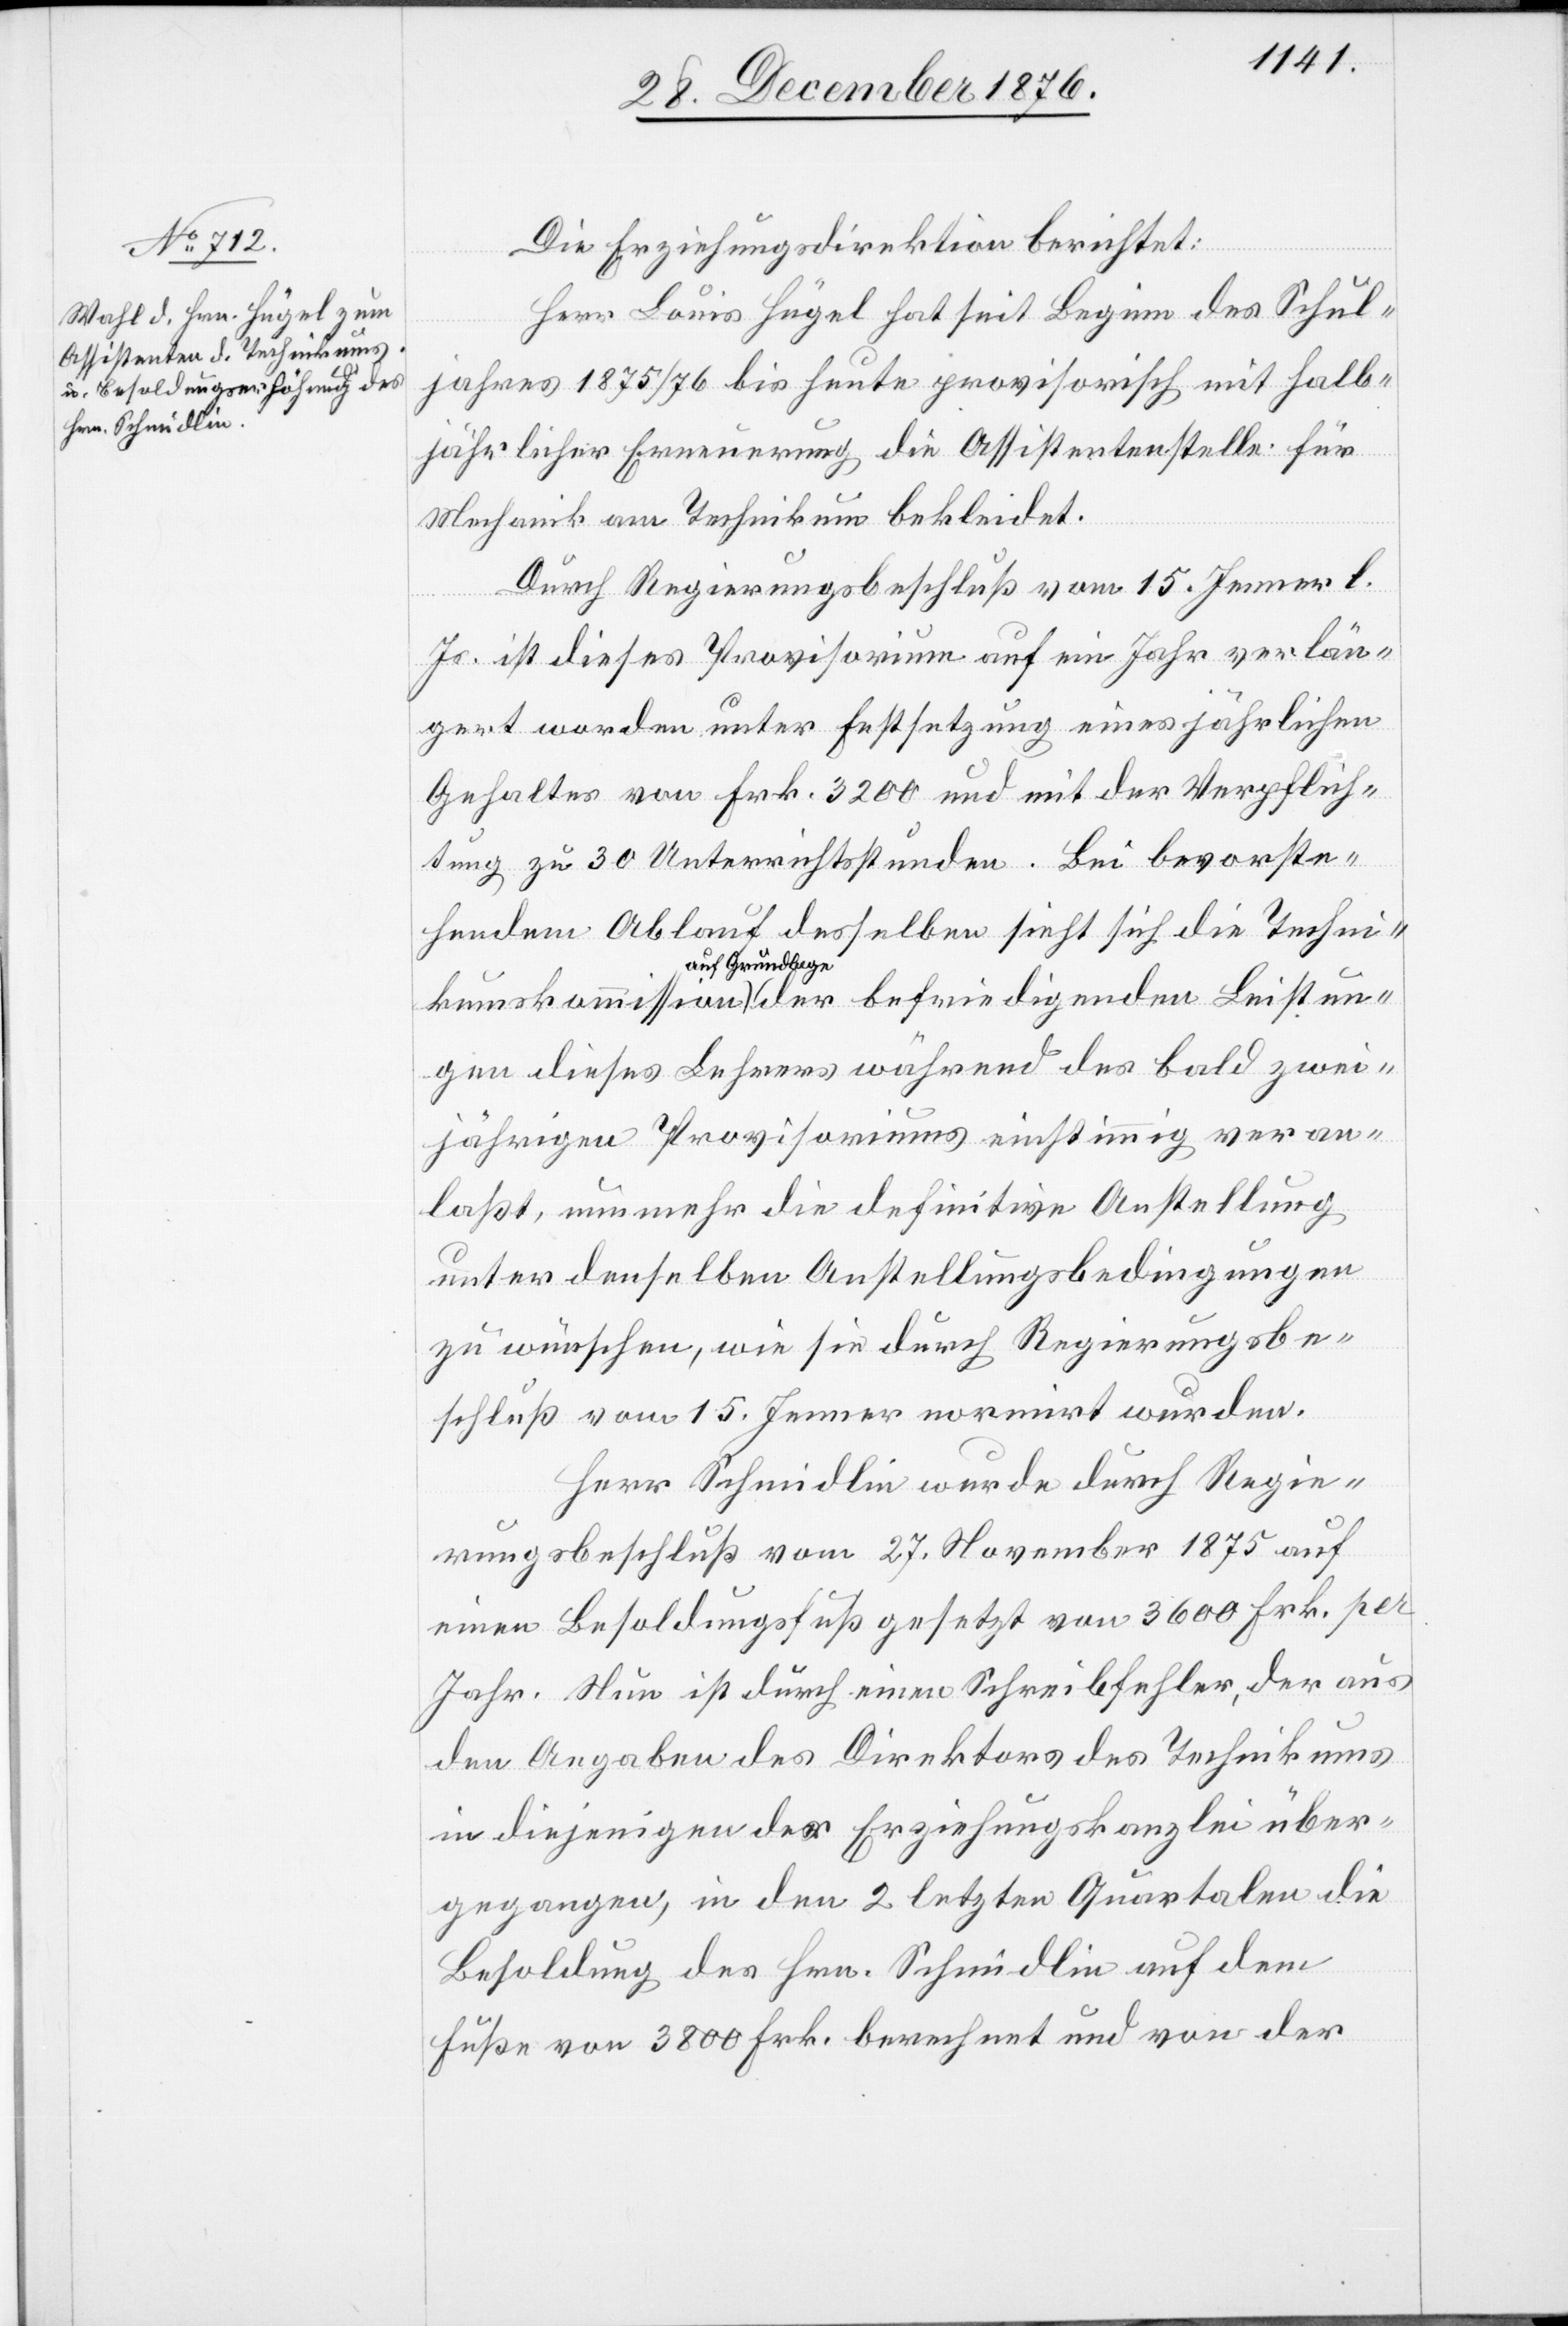
Die Erziehungsdirektion berichtet:
Herr Louis Hügel hat seit Beginn des Schul¬
jahres 1875/76 bis heute provisorisch mit halb¬
jährlicher Erneuerung die Assistentenstelle für
Mechanik am Technikum bekleidet.
Durch Regierungsbeschluß vom 15. Jenner l.
Js. ist dieses Provisorium auf ein Jahr verlän¬
gert worden unter Festsetzung eines jährlichen
Gehaltes von Frk. 3200 und mit der Verpflich¬
tung zu 30 Unterrichtsstunden. Bei bevorste¬
hendem Ablauf desselben sieht sich die Techni¬
kumskommission auf Grundlage der befriedigenden Leistun¬
gen dieses Lehrers während des bald zwei¬
jährigen Provisoriums einstimmig veran¬
laßt, nunmehr die definitive Anstellung
unter denselben Anstellungsbedingungen
zu wünschen, wie sie durch Regierungsbe¬
schluß vom 15. Jenner normirt wurden.
Herr Schmidlin wurde durch Regie¬
rungsbeschluß vom 27. November 1875 auf
einen Besoldungsfuß gesetzt von 3600 Frk. per
Jahr. Nun ist durch einen Schreibfehler, der aus
den Angaben des Direktors des Technikums
in diejenigen der Erziehungskanzlei über¬
gegangen, in den 2 letzten Quartalen die
Besoldung des Hrn. Schmidlin auf dem
Fuße von 3800 Frk. berechnet und von der